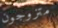
متزوجون